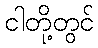
ငါတို့တွင်